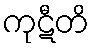
ကုဋီတိ